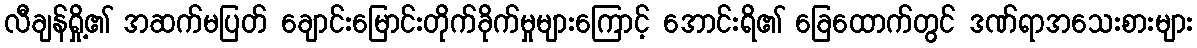
လီချန်ရှို့၏ အဆက်မပြတ် ချောင်းမြောင်းတိုက်ခိုက်မှုများကြောင့် အောင်းရိ၏ ခြေထောက်တွင် ဒဏ်ရာအသေးစားများ